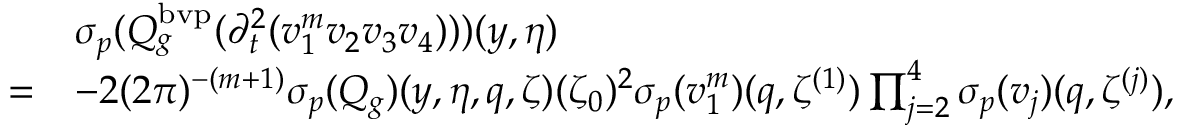
\begin{array} { r l } & { { { \sigma _ { p } } } ( Q _ { g } ^ { \mathrm { b v p } } ( \partial _ { t } ^ { 2 } ( { v } _ { 1 } ^ { m } v _ { 2 } v _ { 3 } v _ { 4 } ) ) ) ( y , \eta ) } \\ { = } & { - 2 ( 2 \pi ) ^ { - ( m + 1 ) } { { \sigma _ { p } } } ( { Q } _ { g } ) ( y , \eta , q , \zeta ) ( \zeta _ { 0 } ) ^ { 2 } { \sigma _ { p } } ( v _ { 1 } ^ { m } ) ( q , \zeta ^ { ( 1 ) } ) \prod _ { j = 2 } ^ { 4 } { \sigma _ { p } } ( v _ { j } ) ( q , { \zeta ^ { ( j ) } } ) , } \end{array}